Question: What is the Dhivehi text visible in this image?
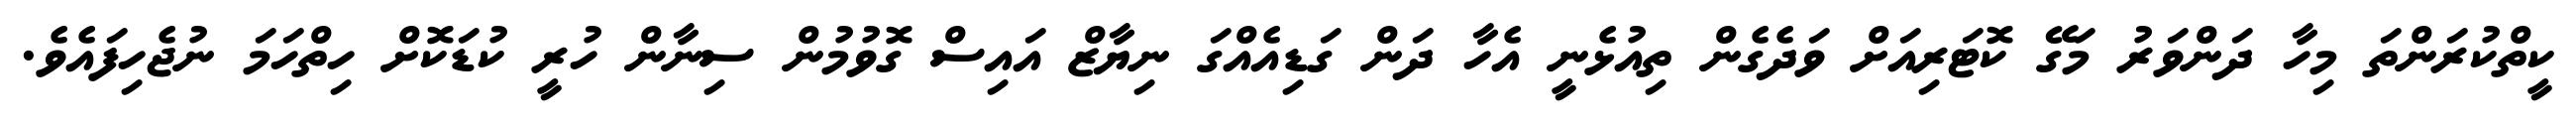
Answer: ކީތްކުރަންތަ މިހާ ދަންވަރު މަގޭ ކޮޓަރިއަށް ވަދެގެން ތިއުޅެނީ އެހާ ދަން ގަޑިއެއްގަ ނިޔާޒް އައިސް ގޮވުމުން ސިނާން ހުރީ ކުޑަކޮށް ހިތްހަމަ ނުޖެހިފައެވެ.